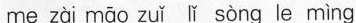
me zài māo zuǐ lǐ sòng le mìng